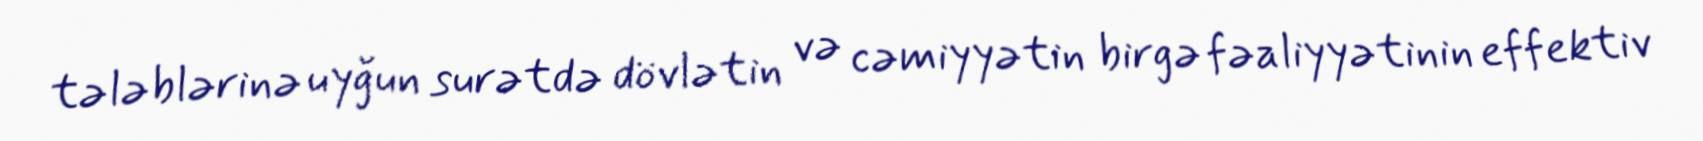
tələblərinə uyğun surətdə dövlətin və cəmiyyətin birgə fəaliyyətinin effektiv